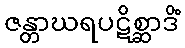
ဇန္တာဃရပဋိစ္ဆာဒိံ